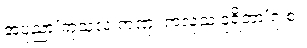
အပုညာ’ကုသလံ ကဏှံ၊ ကလုသံ ဒုရိတာ’ဂု စ။